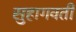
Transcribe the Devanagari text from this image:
सुहागवती